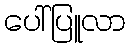
ပေါ်ပြူလာ